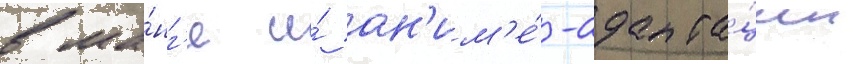
в ма́нг'е и́ ан'им'е́-адапта́ции